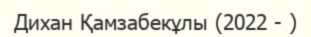
Дихан Қамзабекұлы (2022 - )